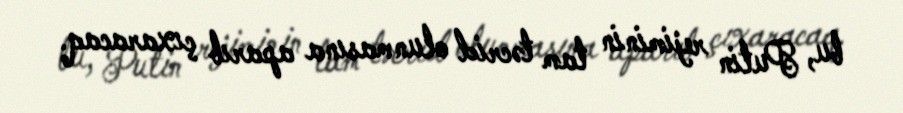
bu, Putin rejiminin tam təcrid olunmasına aparıb çıxaracaq.